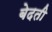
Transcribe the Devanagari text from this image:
बेदती